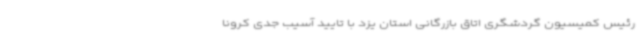
رئیس کمیسیون گردشگری اتاق بازرگانی استان یزد با تایید آسیب جدی کرونا